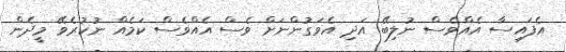
އެފައިސާ އެއްވެސް ނުލިބޭ އަދި އެވަގުންނަށް ވެސް އެއްވެސް ކަމެއް ނުކުރެވޭ މީދެން